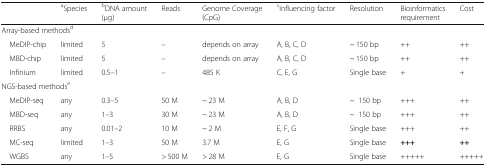
<table><thead><tr><td></td><td><b><sup>a</sup>Species</b></td><td><b><sup>b</sup>DNA amount(μg)</b></td><td><b>Reads</b></td><td><b>Genome Coverage(CpG)</b></td><td><b><sup>c</sup>Influencing factor</b></td><td><b>Resolution</b></td><td><b>Bioinformatics requirement</b></td><td><b>Cost</b></td></tr></thead><tbody><tr><td colspan="9">Array-based methods<sup>d</sup></td></tr><tr><td> MeDIP-chip</td><td>limited</td><td>5</td><td>–</td><td>depends on array</td><td>A, B, C, D</td><td>~ 150 bp</td><td>++</td><td>++</td></tr><tr><td> MBD-chip</td><td>limited</td><td>5</td><td>–</td><td>depends on array</td><td>A, B, C, D</td><td>~ 150 bp</td><td>++</td><td>++</td></tr><tr><td> Infinium</td><td>limited</td><td>0.5–1</td><td>–</td><td>485 K</td><td>C, E, G</td><td>Single base</td><td>+</td><td>+</td></tr><tr><td colspan="9">NGS-based methods<sup>e</sup></td></tr><tr><td> MeDIP-seq</td><td>any</td><td>0.3–5</td><td>50 M</td><td>~ 23 M</td><td>A, B, D</td><td>~150 bp</td><td>+++</td><td>++</td></tr><tr><td> MBD-seq</td><td>any</td><td>1–3</td><td>30 M</td><td>~ 23 M</td><td>A, B, D</td><td>~150 bp</td><td>+++</td><td>++</td></tr><tr><td> RRBS</td><td>any</td><td>0.01–2</td><td>10 M</td><td>~ 2 M</td><td>E, F, G</td><td>Single base</td><td>+++</td><td>++</td></tr><tr><td> MC-seq</td><td>limited</td><td>1–3</td><td>50 M</td><td>3.7 M</td><td>E, G</td><td>Single base</td><td><b>+++</b></td><td><b>++</b></td></tr><tr><td> WGBS</td><td>any</td><td>1–5</td><td>&gt; 500 M</td><td>&gt; 28 M</td><td>E, G</td><td>Single base</td><td>+++++</td><td>+++++</td></tr></tbody></table>